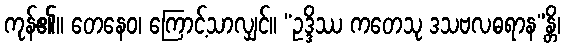
ကုန်၏။ တေနေဝ၊ ကြောင့်သာလျှင်။ “ဥဒ္ဒိဿ ကတေသု ဒသဗလဓရာန”န္တိ၊